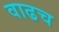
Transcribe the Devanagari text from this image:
वाढच